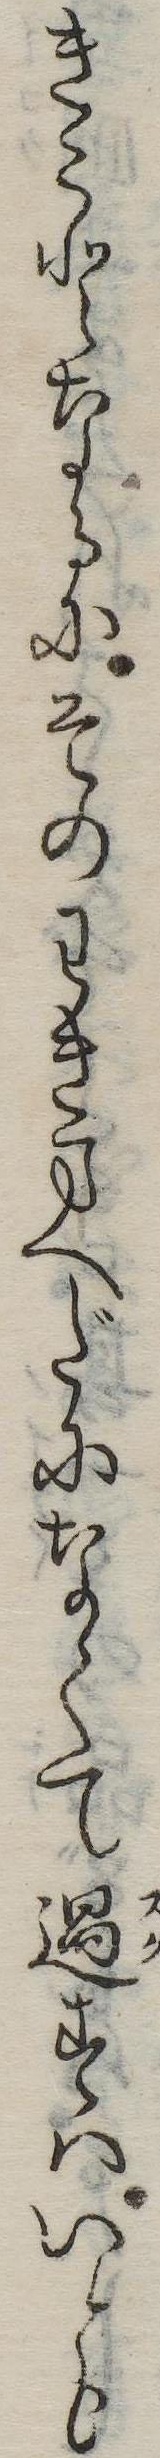
きことなるにそのわきまへだになくて過すはいとも